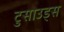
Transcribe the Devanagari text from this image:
टुसाउड्स